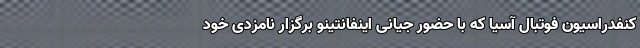
کنفدراسیون فوتبال آسیا که با حضور جیانی اینفانتینو برگزار نامزدی خود